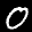
Label: 0